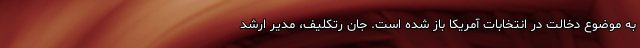
به موضوع دخالت در انتخابات آمریکا باز شده است. جان رتکلیف، مدیر ارشد